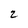
Character: 2